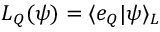
L _ { \cal Q } ( { \psi } ) = \langle e _ { \cal Q } | { \psi } \rangle _ { \cal L }